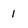
Character: 1